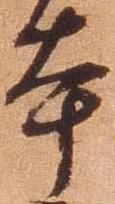
本